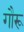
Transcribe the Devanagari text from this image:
गौरू